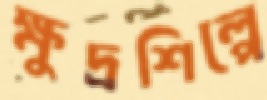
ক্ষুদ্রশিল্পে